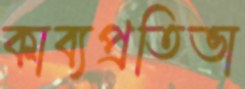
কাব্যপ্রতিভা